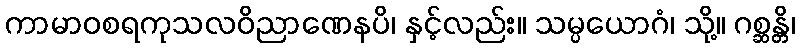
ကာမာဝစရကုသလဝိညာဏေနပိ၊ နှင့်လည်း။ သမ္ပယောဂံ၊ သို့။ ဂစ္ဆန္တိ၊